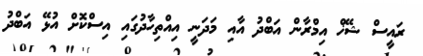
ރައީސް ޝޭޚް އިމްރާން އަބްދު އާއި މަދަނީ އިއްތިހާދުގައި އިސްކޮށް އުޅޭ އަބްދު